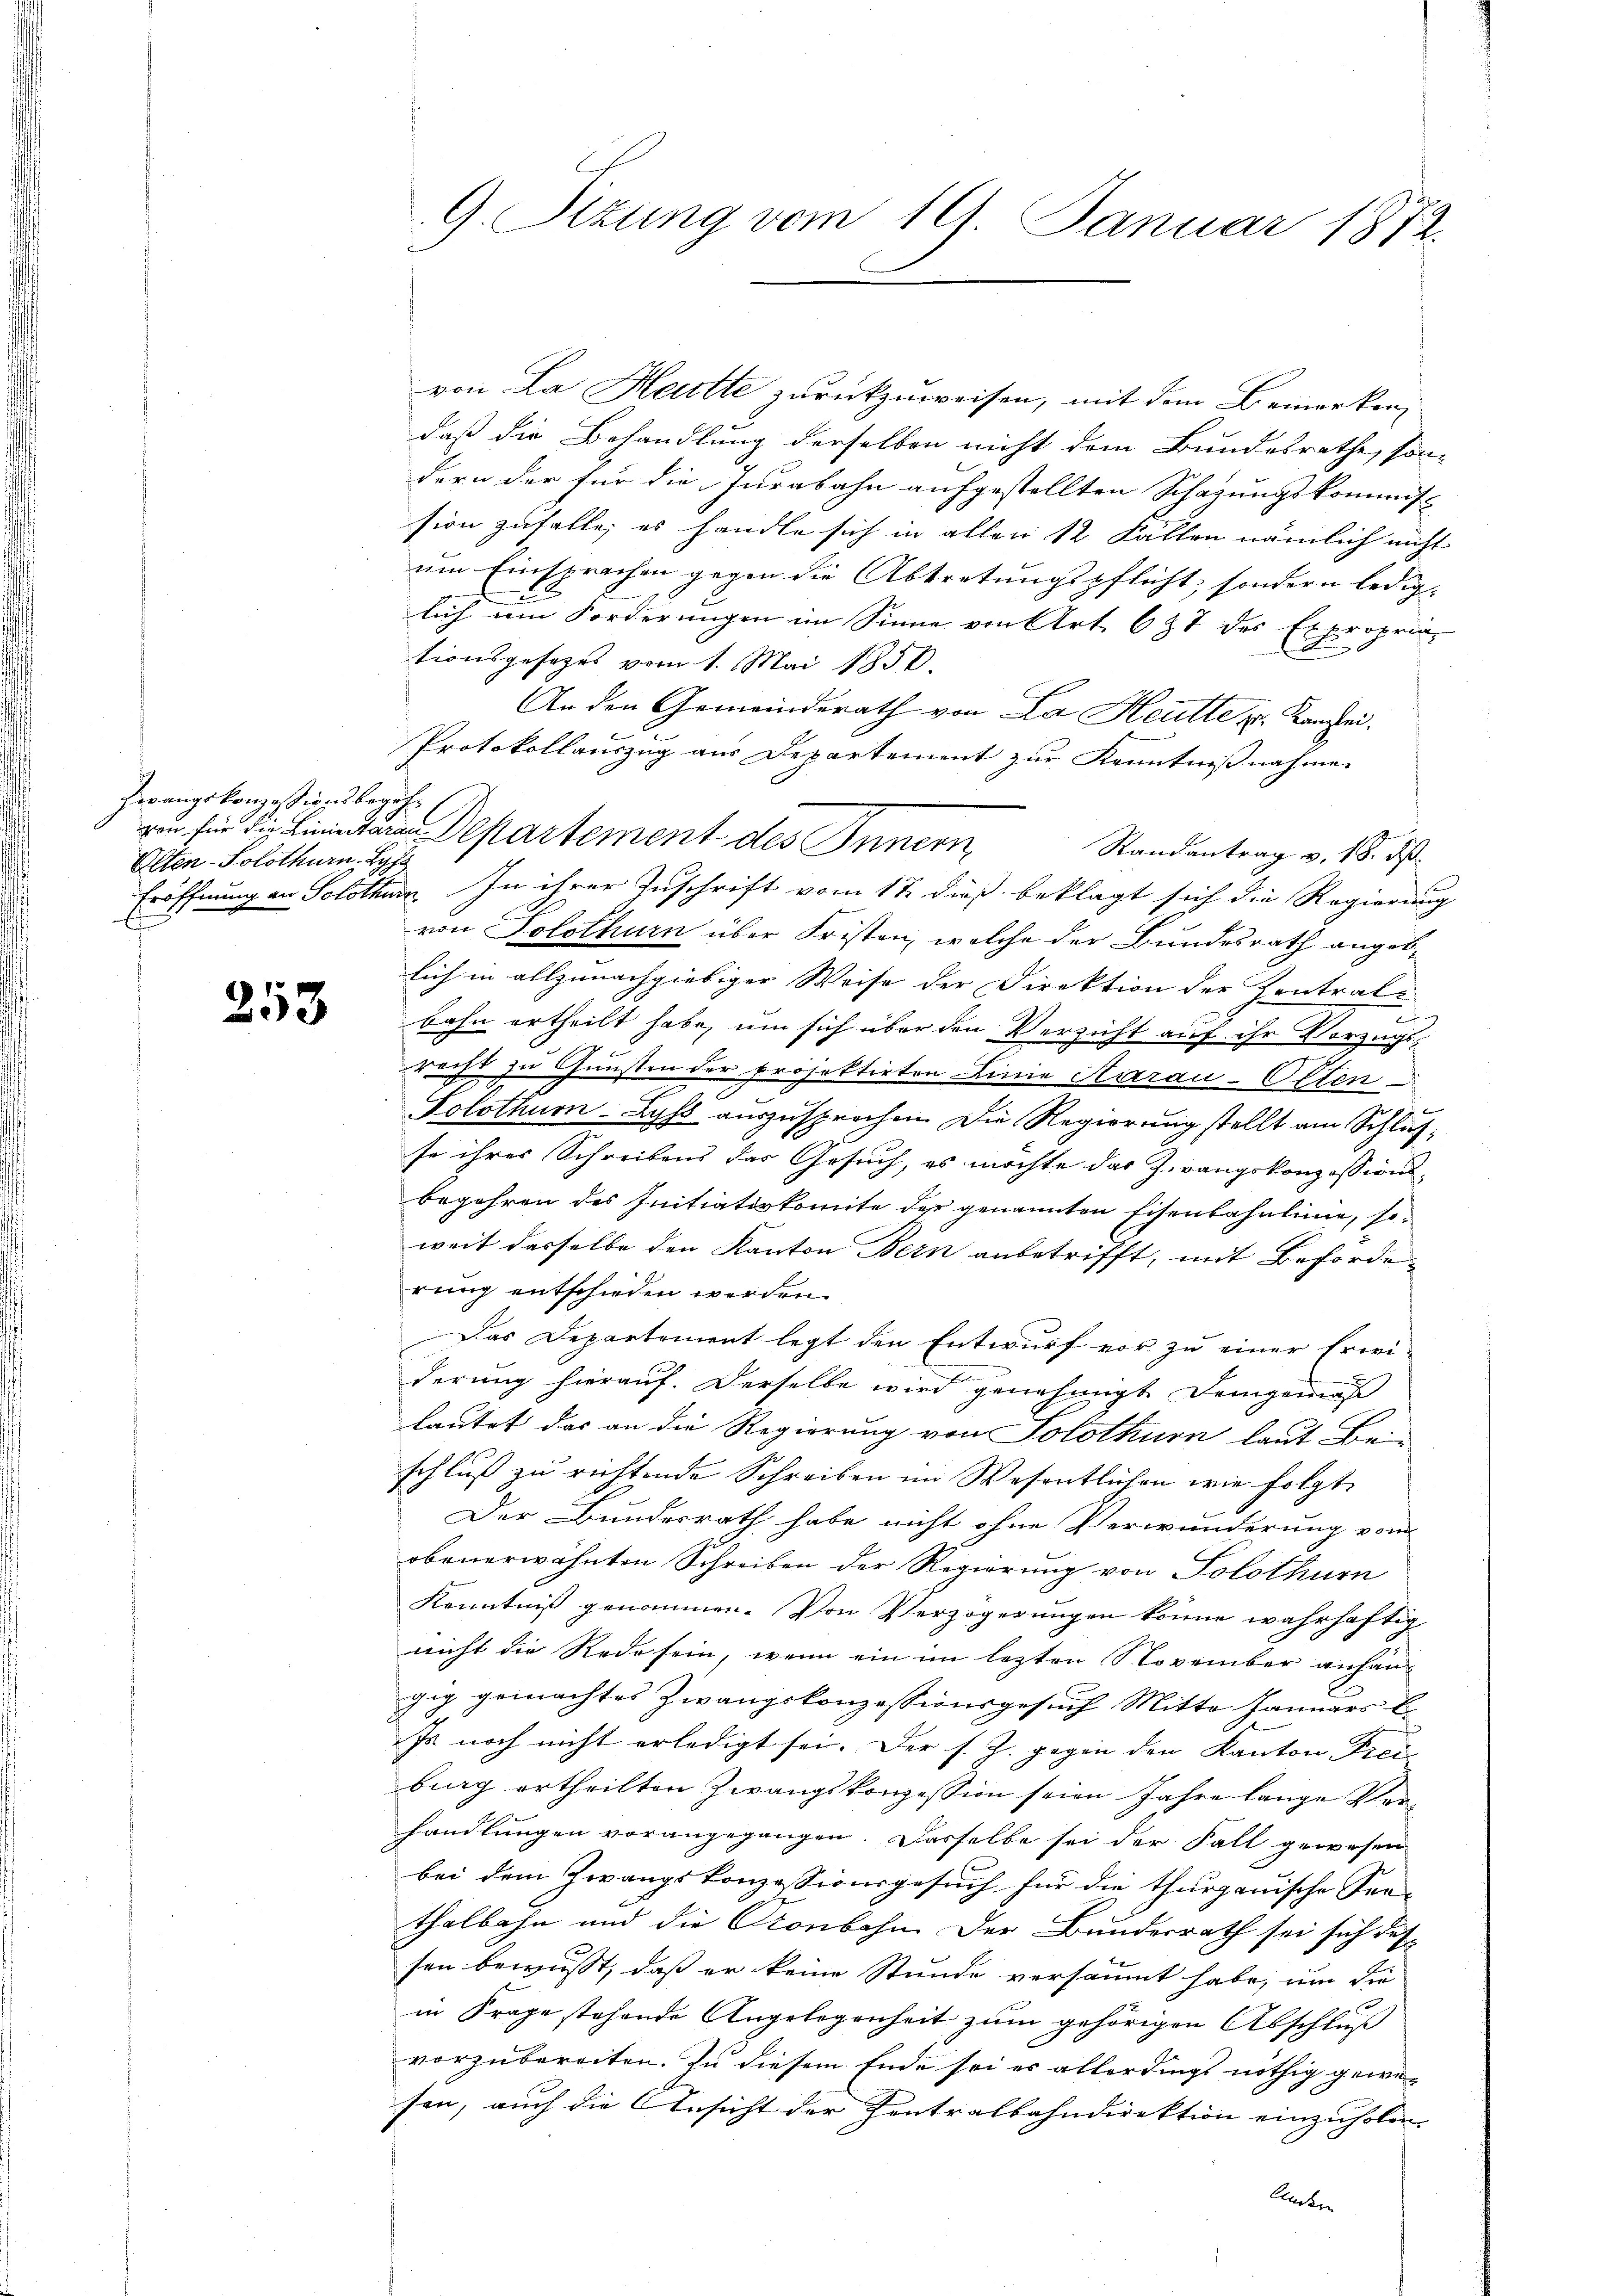
Zwangskonzessions begeh¬
Olten-Solothurn, L

253

G. Stzung vom 19. Januar 1872.

vin für die Linientaren Departement des Innern

von La Heute zurückzuweisen, mit dem Bemerken,
daß die Behandlung derselben nicht dem Bundesrathe, son-
dern der für die Jurabahn aufgestellten Schazungskommiss
sion zufalle, es handle sich in allen 12. Fällen nämlich nicht
um Einsprachen gegen die Abtretungspflicht, sondern ledig-
lich um Forderungen im Sinne von Art. 637 des Exproprie-
tionsgesezes vom 1. Mai 1858.
An den Gemeinderath von La Heute u. Kanzlei.
Protokollauszug aus Departement zur Kenntnißnahmen
Randantrag v. 18. ds.
Eröffnung an Solothurn. In ihrer Zuschrift vom 17. dieß beklagt sich die Regierung |
von Solothurn über Fristen, welche der Bundesrath anget
lich in allzunachgiebiger Weise der Direktion der Zentral-
bahn ertheilt habe, um sich über den Verzicht auf ihr Vorzugs-
recht zu Gunsten der projektirten Linie Aarau-Otten
Solothurn-Lyss auszusprochen. Die Regierung stellt am Schlußse ihres Schreibens das Gesuch, es möchte das Zwangskonzessions-
begehren des Initiativkomite des genannten Eisenbahnlinie, so-
weit dasselbe den Kanton Bern anbetrifft, mit Beförderung entschieden werden.
Das Departement legt den Entwurf vor zu einer frei-
derung hierauf. Derselbe wird genehmigt Demgemäß
lautet das an die Regierung von Solothurn laut Be-
schluß zu richtende Schreiben im Wesentlichen wie folgt,
Der Bundesrath habe nicht ohne Verwunderung vom
obenerwähnten Schreiben der Regierung von Solothurn
Kenntniß genommen. Von Verzögerungen könne wahrhaftig
nicht die Rede sein, wenn ein im lezten November anhängig gemachtes Zwangskonzessionsgesuch Mitte Januars C
Es noch nicht erledigt sei. Der s. Z. gegen den Kanton Frei
burg ertheilten Zwangskonzession seien Jahre lange Verhandlungen vorangegangen. Dasselbe sei der Fall gewesen
bei dem Zwangskonzessionsgesuch für die thurgauische See- |
thalbahn und die Conbahn der Bundesrath sei sich des
sen bewusst, daß er keine Stunde versäumt habe, um die
in Frage stehende Angelegenheit zum gehörigen Abschluß
vorzubereiten. Zu diesem Ende sei es allerdings nöthig gewe-
sen, auch die Ansicht der Zentralbahndirektion einzuholen. |
Andern